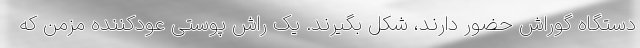
دستگاه گوراش حضور دارند، شکل بگیرند. یک راش پوستی عودکننده مزمن که